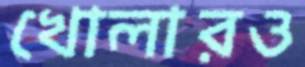
খোলারও